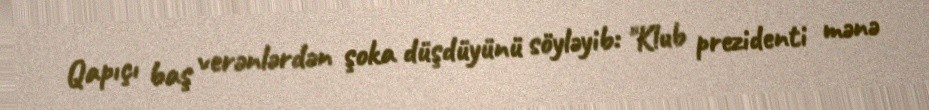
Qapıçı baş verənlərdən şoka düşdüyünü söyləyib: "Klub prezidenti mənə